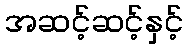
အဆင့်ဆင့်နှင့်